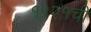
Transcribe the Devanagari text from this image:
१९२१ची